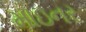
માઇનર